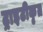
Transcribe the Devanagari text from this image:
ट्राइटीकृत